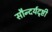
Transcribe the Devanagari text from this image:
सौन्दर्यदृष्टी